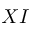
X I